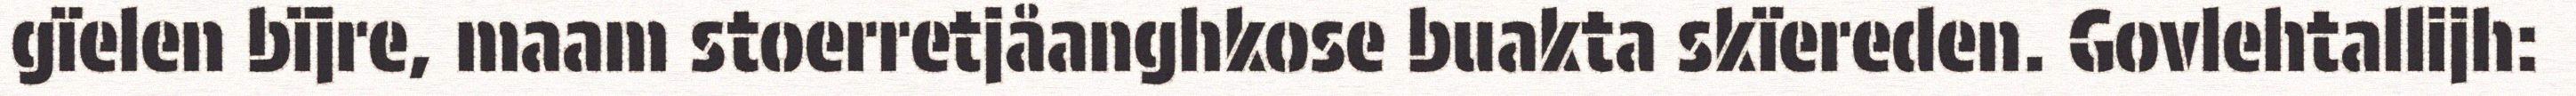
gïelen bïjre, maam stoerretjåanghkose buakta skïereden. Govlehtallijh: